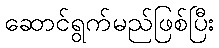
ဆောင်ရွက်မည်ဖြစ်ပြီး